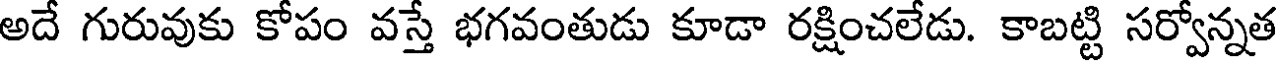
అదే గురువుకు కోపం వస్తే భగవంతుడు కూడా రక్షించలేడు. కాబట్టి సర్వోన్నత